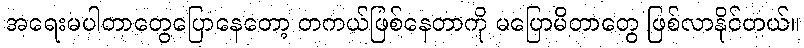
အရေးမပါတာတွေပြောနေတော့ တကယ်ဖြစ်နေတာကို မပြောမိတာတွေ ဖြစ်လာနိုင်တယ်။